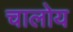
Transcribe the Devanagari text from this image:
चालोय